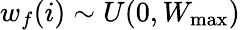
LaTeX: w_{f}(i)\sim U(0,W_{\mathrm{max}})